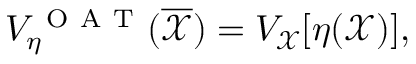
V _ { \eta } ^ { \mathrm { ~ O ~ A ~ T ~ } } ( \overline { { \mathcal { X } } } ) = V _ { \mathcal { X } } [ \eta ( \mathcal { X } ) ] ,